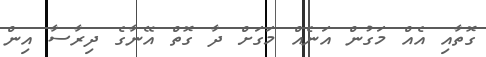
ގޮތާއި އެއް މަގުން އަނެއް މަގަށް ދާ ގޮތް އޭނާގެ ދިރާސާ އިން